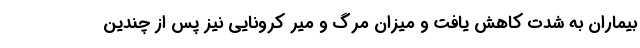
بیماران به شدت کاهش یافت و میزان مرگ و میر کرونایی نیز پس از چندین